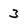
Character: 3